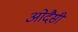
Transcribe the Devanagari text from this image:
ओदैसी